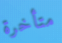
متأخرة